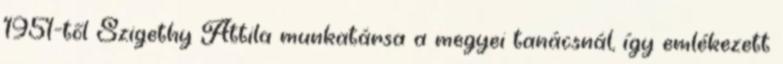
1951-től Szigethy Attila munkatársa a megyei tanácsnál, így emlékezett